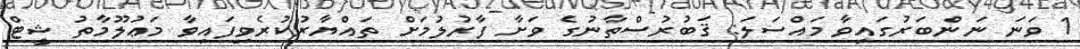
1 ވަނަ ނަންބަރުގައިވާ މައްސަލަ: ޤަބުރުސްތާނުގެ ވަށާ ފާރުލުމަށް ތައްޔާރުކުރެވިފައިވާ މަޢުލޫމާތު ޝީޓް